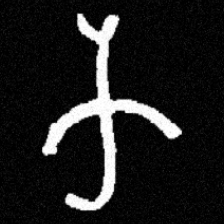
Pyu character \u2014 Myanmar letter: က (romanized: ka)